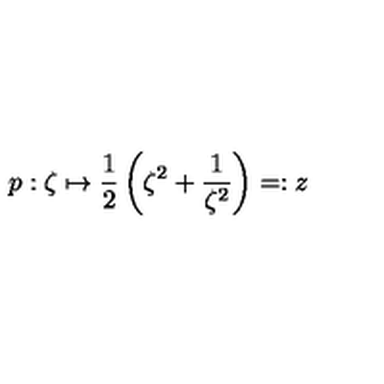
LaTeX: p : \zeta \mapsto \frac { 1 } { 2 } \left( \zeta ^ { 2 } + \frac { 1 } { \zeta ^ { 2 } } \right) = : z